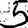
Digit: 5